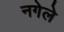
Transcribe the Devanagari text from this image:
नगेले